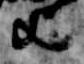
歟